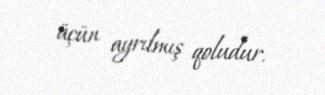
üçün ayrılmış qoludur.